Rangoon Lunatic Asylum 1898-1906 - 1898-1906
Year: 1898
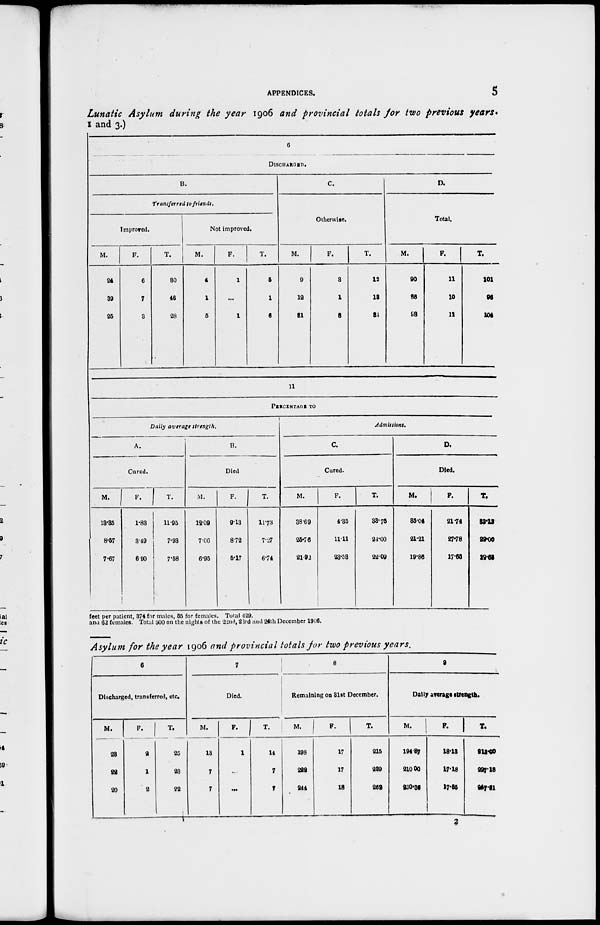
APPENDICES.
5
Lunatic Asylum during the year 1906 and provincial totals for two previous years.
1 and 3.)
6
DISCHARGED.
B.
Transferred to friends.
Improved.
M.
24
39
25
F.
6
7
3
T.
30
46
28
Not improved.
M.
4
1
5
F.
1
...
1
T.
5
1
6
C.
Otherwise.
M.
9
12
31
F.
3
1
3
T.
12
13
34
D.
Total.
M.
90
86
93
F.
11
10
11
T.
101
96
104
11
PERCENTAGE TO
Daily average strength.
A.
Cured.
M.
13.35
8.57
7.67
F.
1.83
3.49
6.90
T.
11.95
7.93
7.58
B.
Died
M.
12.09
7.06
6.95
F.
9.13
8.72
5.17
T.
11.73
7.27
6.74
Admissions.
C.
Cured.
M.
38.69
25.76
21.92
F.
4.35
11.11
23.53
T.
33.75
24.00
22.09
D.
Died.
M.
35.04
21.21
19.86
F.
21.74
27.78
17.65
T.
33.13
22.00
29.63
feet per patient, 374 for males, 55 for females. Total 429.
and 62 females. Total 500 on the nights of the 22nd, 23rd and 24th December 1906.
Asylum for the year 1906 and provincial totals for two previous years.
6
Discharged, transferred, etc.
M.
23
22
20
F.
2
1
2
T.
25
23
22
7
Died.
M.
13
7
7
F.
1
...
...
T.
14
7
7
8
Remaining on 31st December.
M.
198
222
244
F.
17
17
18
T.
215
239
252
9
Daily average strength.
M.
194.87
210.00
230.36
F.
18.13
17.18
17.55
T.
213.00
227.18
247.91
2